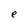
Character: e